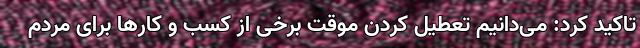
تاکید کرد: می‌دانیم تعطیل کردن موقت برخی از کسب و کارها برای مردم